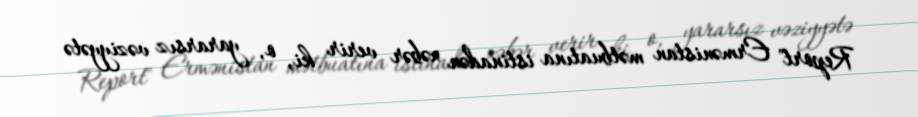
Report" Ermənistan mətbuatına istinadən xəbər verir ki, o, yararsız vəziyyətə